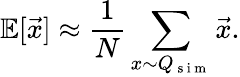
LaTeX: \mathbb{E}[\vec{x}]\approx\frac{1}{N}\sum_{x{\sim}Q_{\mathrm{~s~i~m~}}}\vec{x}.